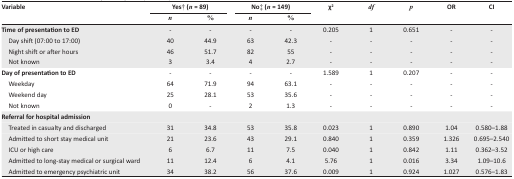
| <ROWSPAN=2> Variable | <COLSPAN=2> Yes† (n = 89) | <COLSPAN=2> No‡ (n = 149) | <ROWSPAN=2> χ2 | <ROWSPAN=2> df | <ROWSPAN=2> p | <ROWSPAN=2> OR | <ROWSPAN=2> CI |
 | n | % | n | % |
 | --- | --- | --- | --- | --- | --- | --- | --- | --- | --- |
 | Time of presentation to ED | - | - | - | - | 0.205 | 1 | 0.651 | - | - |
 | Day shift (07:00 to 17:00) | 40 | 44.9 | 63 | 42.3 | - | - | - | - | - |
 | Night shift or after hours | 46 | 51.7 | 82 | 55 | - | - | - | - | - |
 | Not known | 3 | 3.4 | 4 | 2.7 | - | - | - | - | - |
 | Day of presentation to ED | - | - | - | - | 1.589 | 1 | 0.207 | - | - |
 | Weekday | 64 | 71.9 | 94 | 63.1 | - | - | - | - | - |
 | Weekend day | 25 | 28.1 | 53 | 35.6 | - | - | - | - | - |
 | Not known | 0 | - | 2 | 1.3 | - | - | - | - | - |
 | Referral for hospital admission |  |  |  |  |  |  |  |  |  |
 | Treated in casualty and discharged | 31 | 34.8 | 53 | 35.8 | 0.023 | 1 | 0.890 | 1.04 | 0.580–1.88 |
 | Admitted to short stay medical unit | 21 | 23.6 | 43 | 29.1 | 0.840 | 1 | 0.359 | 1.326 | 0.695–2.540 |
 | ICU or high care | 6 | 6.7 | 11 | 7.5 | 0.040 | 1 | 0.842 | 1.11 | 0.362–3.52 |
 | Admitted to long-stay medical or surgical ward | 11 | 12.4 | 6 | 4.1 | 5.76 | 1 | 0.016 | 3.34 | 1.09–10.6 |
 | Admitted to emergency psychiatric unit | 34 | 38.2 | 56 | 37.6 | 0.009 | 1 | 0.924 | 1.027 | 0.576–1.83 |